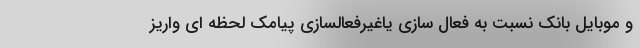
و موبایل بانک نسبت به فعال سازی یاغیرفعالسازی پیامک لحظه ای واریز